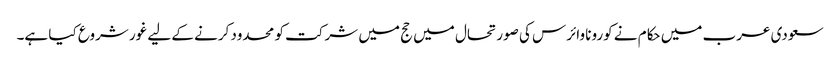
سعودی عرب میں حکام نے کورونا وائرس کی صورتحال میں حج میں شرکت کو محدود کرنے کے لیے غور شروع کیا ہے۔